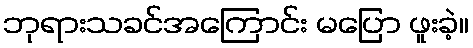
ဘုရားသခင်အကြောင်း မပြော ဖူးခဲ့။